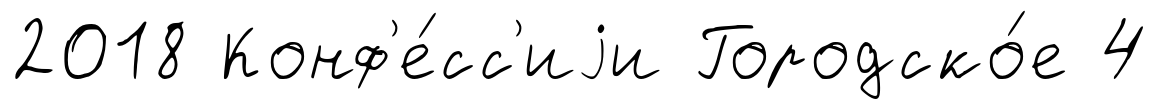
2018 Конф'е́сс'иjи Городско́е 4